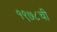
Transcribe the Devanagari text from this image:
१९७८ची